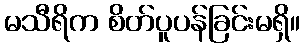
မသီရိက စိတ်ပူပန်ခြင်းမရှိ။